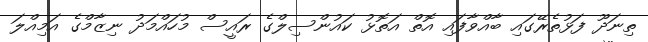
ތިނަދޫ ފަޅުތެރޭގައި ބާއްވާފައި އޮތް އަތޮޅު ކައުންސިލްގެ ރައީސް މުހައްމަދު ނިޒާމްގެ އަމިއްލަ